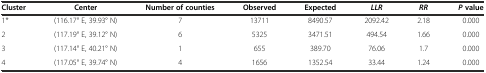
<table><thead><tr><td><b>Cluster</b></td><td><b>Center</b></td><td><b>Number of counties</b></td><td><b>Observed</b></td><td><b>Expected</b></td><td><b><i>LLR</i></b></td><td><b><i>RR</i></b></td><td><b><i>P</i>value</b></td></tr></thead><tbody><tr><td>1*</td><td>(116.17° E, 39.93° N)</td><td>7</td><td>13711</td><td>8490.57</td><td>2092.42</td><td>2.18</td><td>0.000</td></tr><tr><td>2</td><td>(117.19° E, 39.12° N)</td><td>6</td><td>5325</td><td>3471.51</td><td>494.54</td><td>1.66</td><td>0.000</td></tr><tr><td>3</td><td>(117.14° E, 40.21° N)</td><td>1</td><td>655</td><td>389.70</td><td>76.06</td><td>1.7</td><td>0.000</td></tr><tr><td>4</td><td>(117.05° E, 39.74° N)</td><td>4</td><td>1656</td><td>1352.54</td><td>33.44</td><td>1.24</td><td>0.000</td></tr></tbody></table>